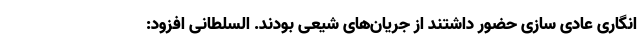
انگاری عادی سازی حضور داشتند از جریان‌های شیعی بودند. السلطانی افزود: